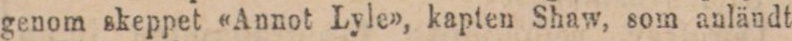
genom skeppet «Annot Lyle», kapten Shaw, som anländt